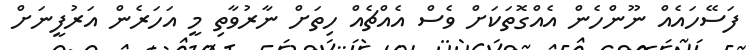
ފަސޭހައެއް ނޫންހެން އެއްގޮތަކަށް ވެސް އެއްޗެއް ހިތަށް ނާރުވާތި މީ އަހަރެން އަރުފީނަށް